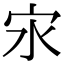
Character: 㲾